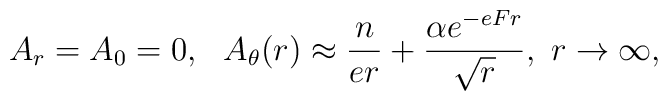
A_r=A_0=0,~~ A_\theta (r)\approx{n\over{er}}+{{\alpha e^{-eFr}}\over{\sqrt r}}, ~ r\to\infty,